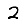
Digit: 2